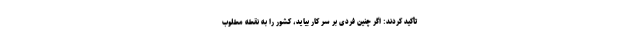
تأکید کردند: اگر چنین فردی بر سر کار بیاید، کشور را به نقطه مطلوب